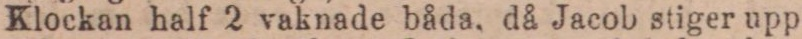
Klockan half 2 vaknade båda, då Jacob stiger upp